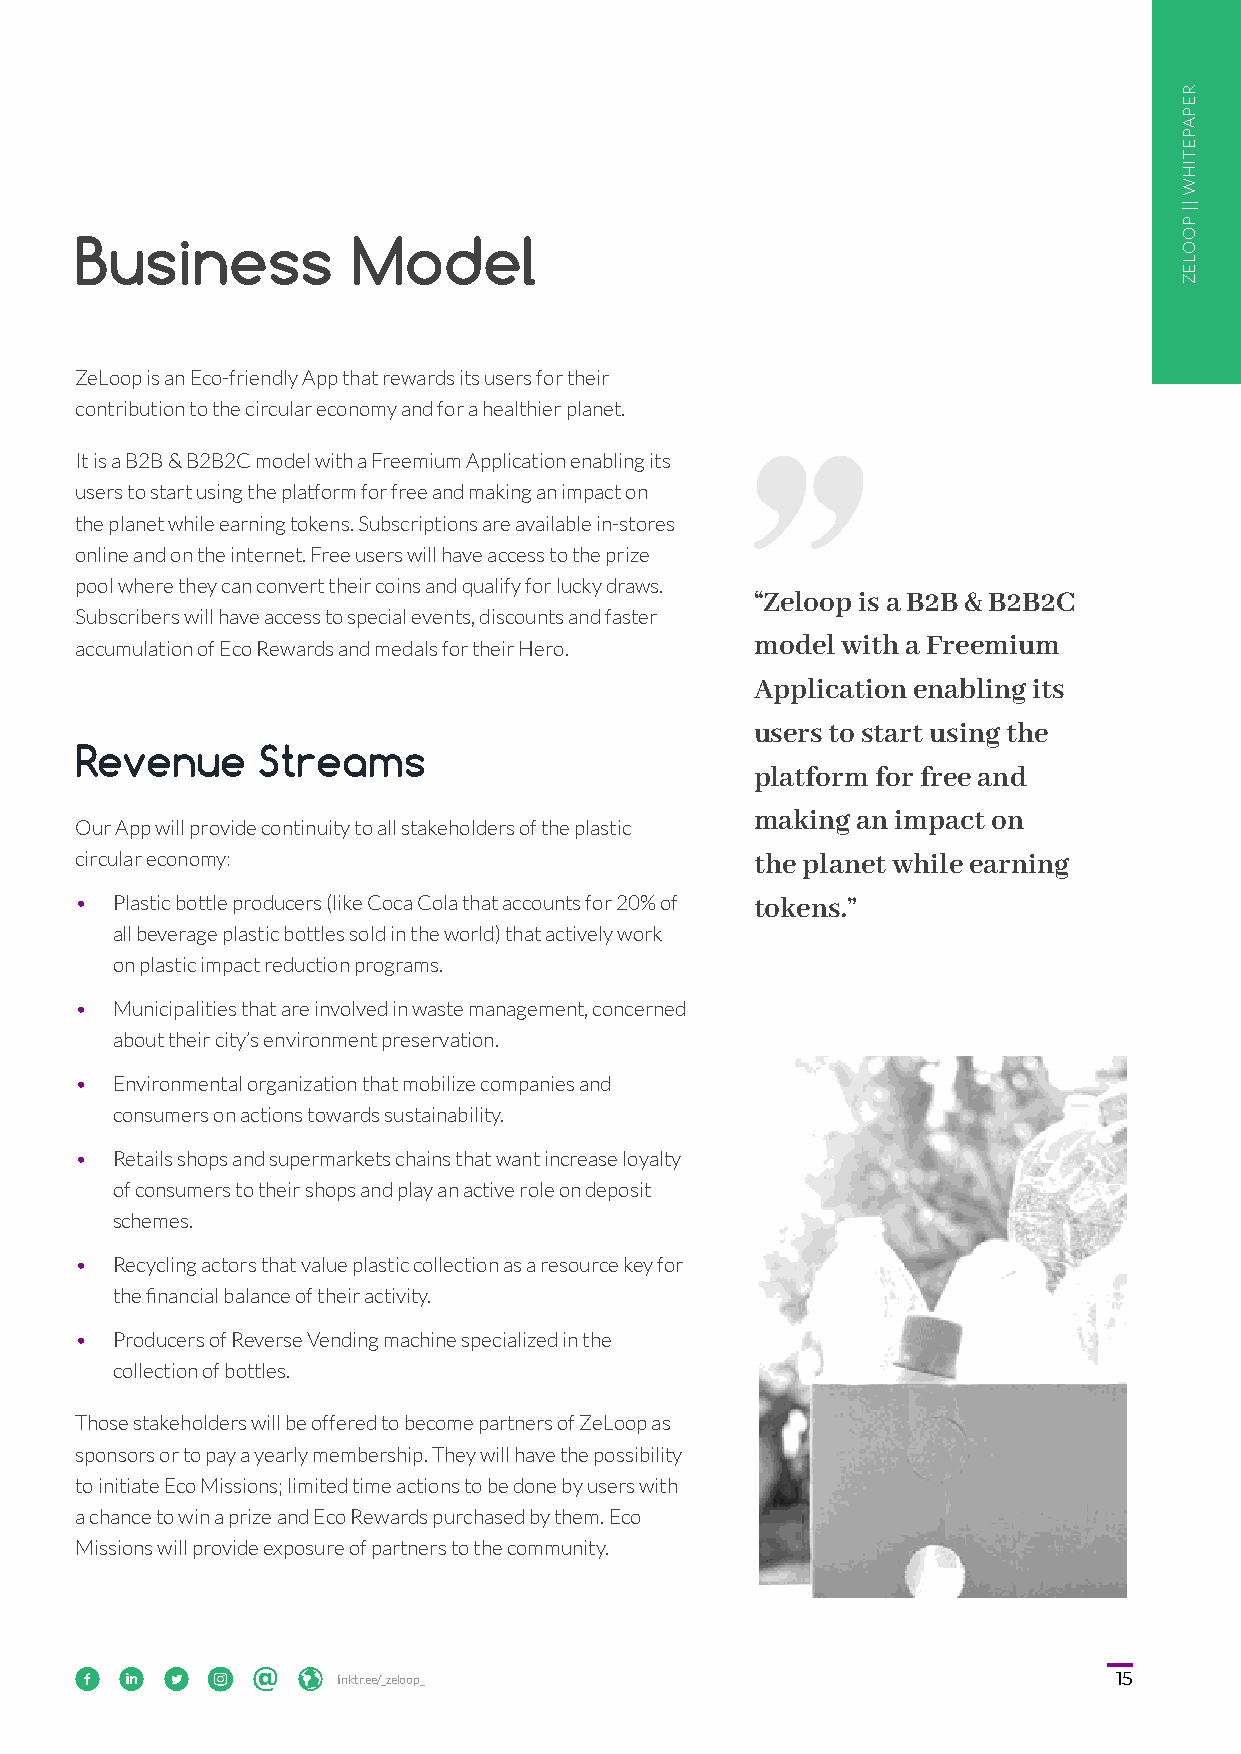
Business          Model
 ZeLoop is an Eco-friendly App that rewards its users for their
 contribution to the circular economy and for a healthier planet.
 It is a B2B & B2B2C model with a Freemium Application enabling its
 users to start using the platform for free and making an impact on
 the planet while earning tokens. Subscriptions are available in-stores
 online and on the internet. Free users will have access to the prize
 pool where they can convert their coins and qualify for lucky draws.
 “Zeloop is a B2B & B2B2C
 Subscribers will have access to special events, discounts and faster
 accumulation of Eco Rewards and medals for their Hero. model with a Freemium
 Application enabling its
 users to start using the
 Revenue     Streams
 platform for free and
 making an impact on
 Our App will provide continuity to all stakeholders of the plastic
 circular economy:                            the planet while earning
 • Plastic bottle producers (like Coca Cola that accounts for 20% of tokens.”
 all beverage plastic bottles sold in the world) that actively work
 on plastic impact reduction programs.
 • Municipalities that are involved in waste management, concerned
 about their city’s environment preservation.
 • Environmental organization that mobilize companies and
 consumers on actions towards sustainability.
 • Retails shops and supermarkets chains that want increase loyalty
 of consumers to their shops and play an active role on deposit
 schemes.
 • Recycling actors that value plastic collection as a resource key for
 the financial balance of their activity.
 • Producers of Reverse Vending machine specialized in the
 collection of bottles.
 Those stakeholders will be offered to become partners of ZeLoop as
 sponsors or to pay a yearly membership. They will have the possibility
 to initiate Eco Missions; limited time actions to be done by users with
 a chance to win a prize and Eco Rewards purchased by them. Eco
 Missions will provide exposure of partners to the community.
            linktr.ee/_zeloop_                                  15
 REPAPETIHW
 ||
 POOLEZ